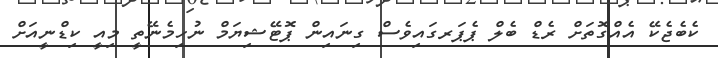
ކެބެޖެކޭ އެއްގޮތަށް ރެޑް ބެލް ޕެޕަރގައިވެސް ގިނައިން ޕޮޓޭޝިޔަމް ނުހިމެނޭތީ މިއީ ކިޑްނީއަށް